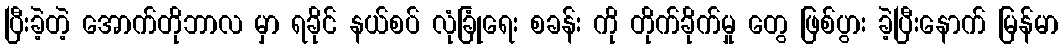
ပြီးခဲ့တဲ့ အောက်တိုဘာလ မှာ ရခိုင် နယ်စပ် လုံခြုံရေး စခန်း ကို တိုက်ခိုက်မှု တွေ ဖြစ်ပွား ခဲ့ပြီးနောက် မြန်မာ